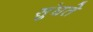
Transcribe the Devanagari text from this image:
सुंघते